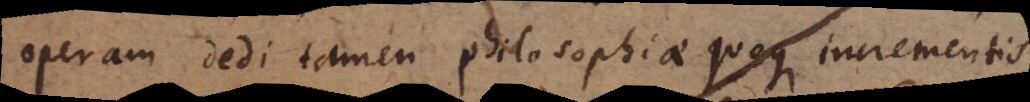
operam dedi tamen philosophiae quoque incrementis